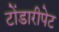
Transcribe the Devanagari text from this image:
टोंडारीपेट